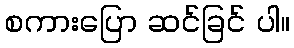
စကားပြော ဆင်ခြင် ပါ။